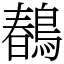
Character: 𪂹